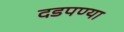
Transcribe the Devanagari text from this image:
दडपण्या